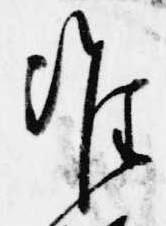
准